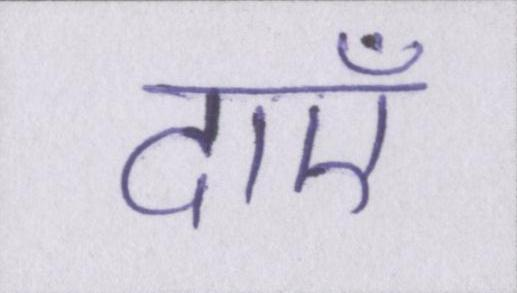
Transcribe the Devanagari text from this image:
दाएँ